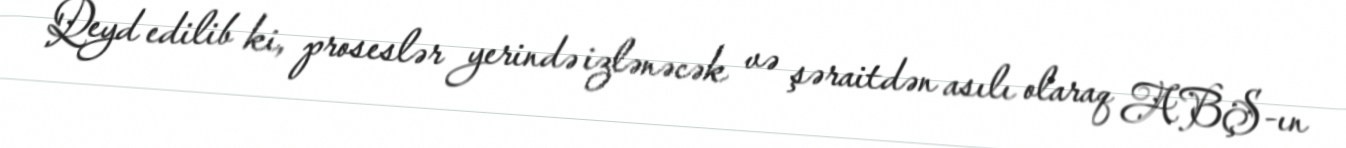
Qeyd edilib ki, proseslər yerində izlənəcək və şəraitdən asılı olaraq ABŞ-ın